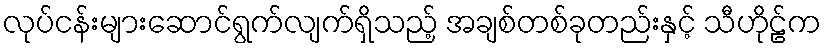
လုပ်ငန်းများဆောင်ရွက်လျက်ရှိသည့် အချစ်တစ်ခုတည်းနှင့် သီဟိုဠ်က